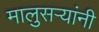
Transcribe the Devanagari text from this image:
मालुसऱ्यांनी